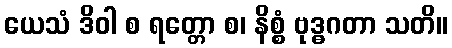
ယေသံ ဒိဝါ စ ရတ္တော စ၊ နိစ္စံ ဗုဒ္ဓဂတာ သတိ။